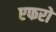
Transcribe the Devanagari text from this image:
एफरो